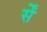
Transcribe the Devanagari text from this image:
र्सें